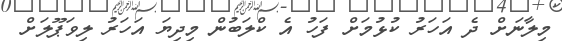
މިލާނަށް ދެ އަހަރު ކުޅުމަށް ފަހު އެ ކްލަބުން މިދިޔަ އަހަރު ލިވަޕޫލަށް